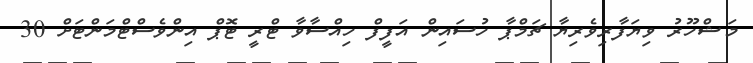
މަޝްހޫރު ވިޔަފާރިވެރިޔާ ޗަމްޕާ ހުސައިން އަފީފް ހިއްސާވާ ޓްރީ ޓޮޕް އިންވެސްޓްމަންޓަށް 30